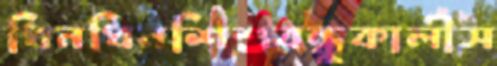
ধিনধিনশিশুবন্ধুকালীস